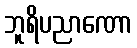
ဘူရိပညာဏော